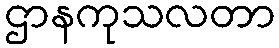
ဌာနကုသလတာ